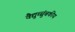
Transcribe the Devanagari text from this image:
वैद्युच्चुंबकीय